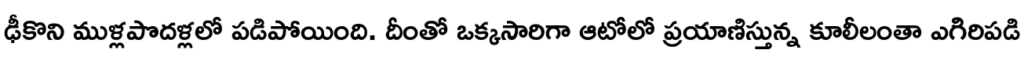
ఢీకొని ముళ్లపొదళ్లలో పడిపోయింది. దీంతో ఒక్కసారిగా ఆటోలో ప్రయాణిస్తున్న కూలీలంతా ఎగిరిపడి